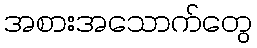
အစားအသောက်တွေ